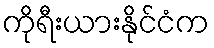
ကိုရီးယားနိုင်ငံက